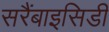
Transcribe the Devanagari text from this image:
सरैंबाइसिडी